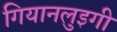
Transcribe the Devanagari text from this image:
गियानलुइगी